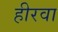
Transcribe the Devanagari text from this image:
हीरवा